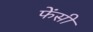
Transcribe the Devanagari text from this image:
फेंसी